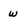
Character: w